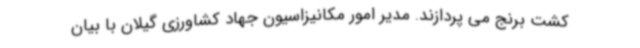
کشت برنج می پردازند. مدیر امور مکانیزاسیون جهاد کشاورزی گیلان با بیان